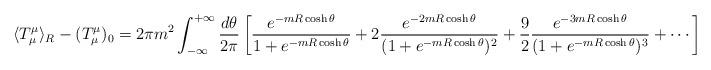
LaTeX: \begin{align*}\langle T^\mu_\mu \rangle_R - (T_\mu^\mu)_0 = 2\pi m^2\int_{-\infty}^{+\infty}\frac{d\theta}{2\pi} \left[\frac{e^{-m R \cosh\theta}}{1+ e^{-mR \cosh\theta}} +2 \frac{e^{-2 m R \cosh\theta}}{(1+e^{-m R \cosh\theta})^2} +\frac{9}{2} \frac{e^{-3 m R \cosh\theta}}{(1+e^{-m R \cosh\theta})^3} +\cdots \right]\,\,\, ,\end{align*}